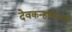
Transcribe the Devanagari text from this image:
देवकन्हईसारखी